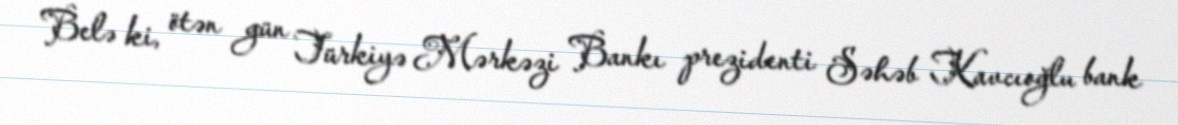
Belə ki, ötən gün Türkiyə Mərkəzi Bankı prezidenti Səhəb Kavcıoğlu bank